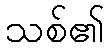
သစ်၏